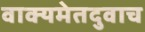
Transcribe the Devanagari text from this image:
वाक्यमेतदुवाच